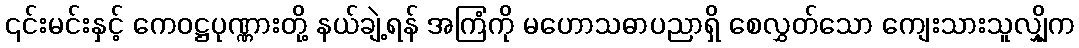
၎င်းမင်းနှင့် ကေဝဋ္ဌပုဏ္ဏားတို့ နယ်ချဲ့ရန် အကြံကို မဟောသဓာပညာရှိ စေလွှတ်သော ကျေးသားသူလျှိုက